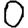
Digit: 0